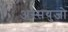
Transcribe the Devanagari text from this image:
अस्सयुजो